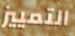
التمييز